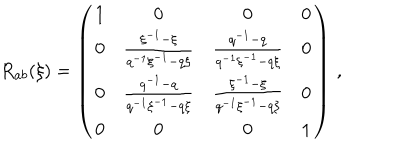
LaTeX: R _ { a b } ( \xi ) = \left( \begin{array} { c c c c } { { 1 } } & { { 0 } } & { { 0 } } & { { 0 } } \\ { { 0 } } & { { \frac { \xi ^ { - 1 } - \xi } { q ^ { - 1 } \xi ^ { - 1 } - q \xi } } } & { { \frac { q ^ { - 1 } - q } { q ^ { - 1 } \xi ^ { - 1 } - q \xi } } } & { { 0 } } \\ { { 0 } } & { { \frac { q ^ { - 1 } - q } { q ^ { - 1 } \xi ^ { - 1 } - q \xi } } } & { { \frac { \xi ^ { - 1 } - \xi } { q ^ { - 1 } \xi ^ { - 1 } - q \xi } } } & { { 0 } } \\ { { 0 } } & { { 0 } } & { { 0 } } & { { 1 } } \\ \end{array} \right) \, ,